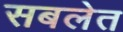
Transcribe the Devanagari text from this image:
सबलेत